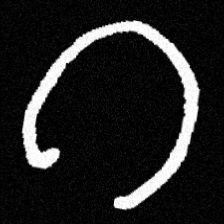
Pyu character \u2014 Myanmar letter: ဂ (romanized: ga)